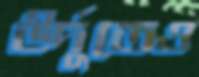
উর্দুতেও